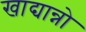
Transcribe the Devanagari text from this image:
खाद्यान्नो